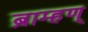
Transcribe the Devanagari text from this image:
ब्राम्हण्